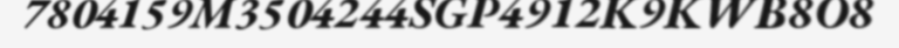
7804159M3504244SGP4912K9KWB8O8